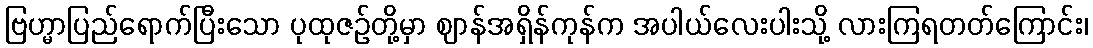
ဗြဟ္မာပြည်ရောက်ပြီးသော ပုထုဇဉ်တို့မှာ ဈာန်အရှိန်ကုန်က အပါယ်လေးပါးသို့ လားကြရတတ်ကြောင်း၊